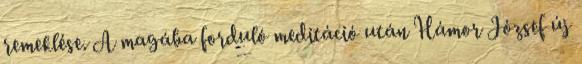
remeklése. A magába forduló meditáció után Hámor József új